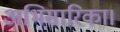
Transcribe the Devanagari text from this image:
अभिसारिका।